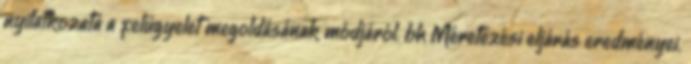
nyilatkozata a felügyelet megoldásának módjáról. bh Méretezési eljárás eredményei.